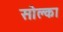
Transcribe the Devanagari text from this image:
सोल्का